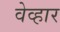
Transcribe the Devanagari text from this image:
वेव्हार